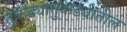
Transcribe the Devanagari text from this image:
तुकड्यातुकड्यांतील